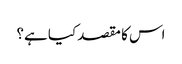
اس کا مقصد کیا ہے؟